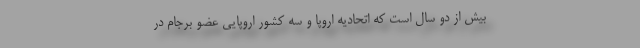
بیش از دو سال است که اتحادیه اروپا و سه کشور اروپایی عضو برجام در